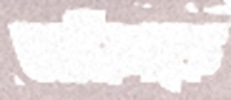
তামিলকে